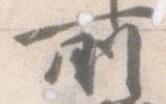
所